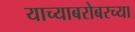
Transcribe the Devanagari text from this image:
याच्याबरोबरच्या